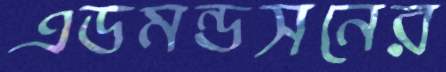
এডমন্ডসনের